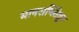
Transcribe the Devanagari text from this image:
मानसचिंतेतून